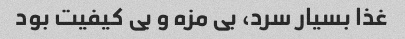
غذا بسیار سرد، بی مزه و بی کیفیت بود